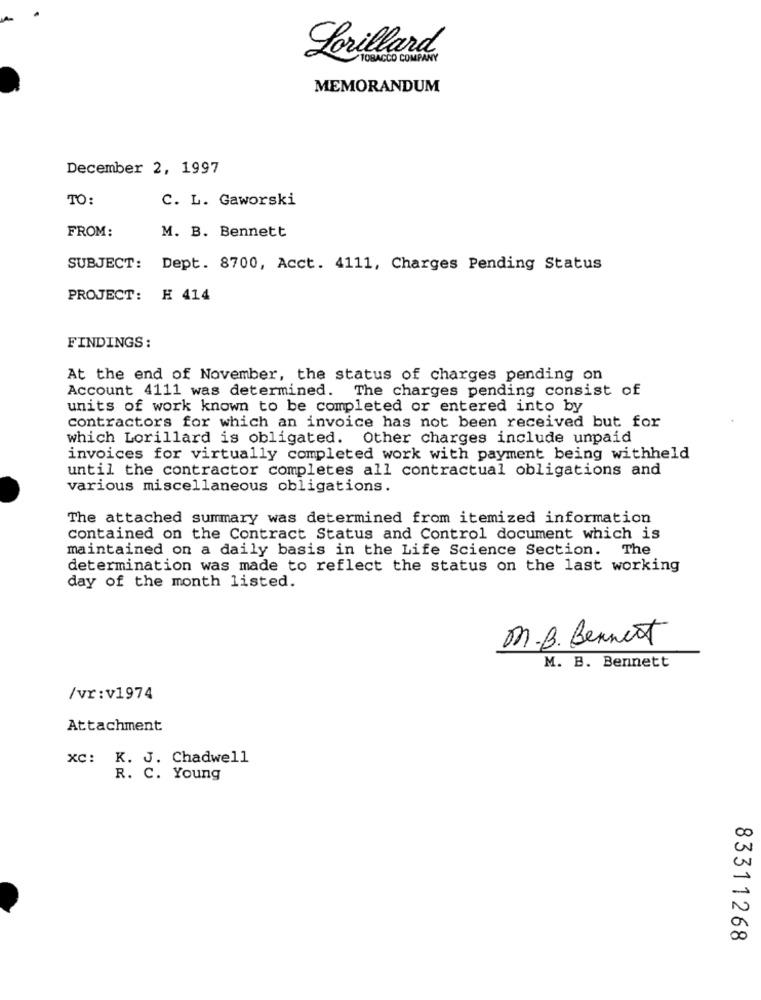
Lorillard
TOBACCO COMPANY
MEMORANDUM
December 2, 1997
TO:
C. L. Gaworski
FROM:
M. B. Bennett
SUBJECT:
Dept. 8700, Acct. 4111, Charges Pending Status
PROJECT:
H 414
FINDINGS:
At the end of November, the status of charges pending on
Account 4111 was determined. The charges pending consist of
units of work known to be completed or entered into by
contractors for which an invoice has not been received but for
which Lorillard is obligated. Other charges include unpaid
invoices for virtually completed work with payment being withheld
until the contractor completes all contractual obligations and
various miscellaneous obligations.
The attached summary was determined from itemized information
contained on the Contract Status and Control document which is
maintained on a daily basis in the Life Science Section. The
determination was made to reflect the status on the last working
day of the month listed.
M.B. Benmest
M. B. Bennett
/vr:v1974
Attachment
xc: K. J. Chadwell
R. C. Young
83311268